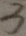
3